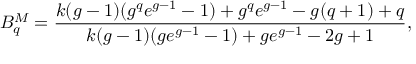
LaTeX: B _ { q } ^ { M } = \frac { k ( g - 1 ) ( g ^ { q } e ^ { g - 1 } - 1 ) + g ^ { q } e ^ { g - 1 } - g ( q + 1 ) + q } { k ( g - 1 ) ( g e ^ { g - 1 } - 1 ) + g e ^ { g - 1 } - 2 g + 1 } ,